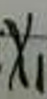
$\chi$